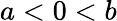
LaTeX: a<0<b